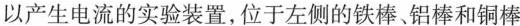
以产生电流的实验装置，位于左侧的铁棒、铝棒和铜棒